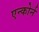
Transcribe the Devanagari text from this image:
एन्कोर्न